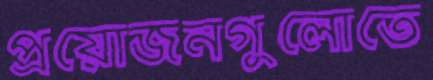
প্রয়োজনগুলোতে